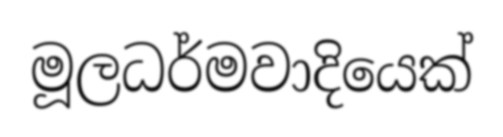
මූලධර්මවාදියෙක්